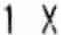
1 X